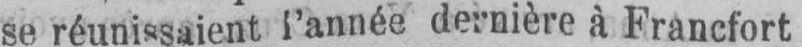
se réunissaient l’année dernière à Francfort